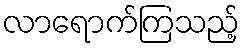
လာရောက်ကြသည့်